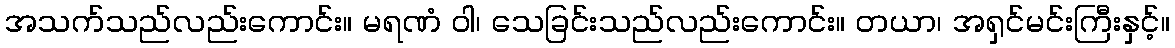
အသက်သည်လည်းကောင်း။ မရဏံ ဝါ၊ သေခြင်းသည်လည်းကောင်း။ တယာ၊ အရှင်မင်းကြီးနှင့်။